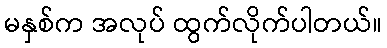
မနှစ်က အလုပ် ထွက်လိုက်ပါတယ်။